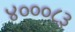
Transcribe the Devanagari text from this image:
४०००८३